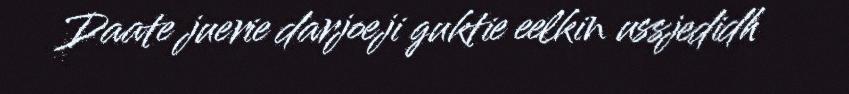
Daate juerie darjoeji guktie eelkin ussjedidh